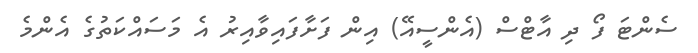
ސެންޓަ ފޯ ދި އާޓްސް (އެންސީއޭ) އިން ފަށާފައިވާއިރު އެ މަސައްކަތުގެ އެންމެ